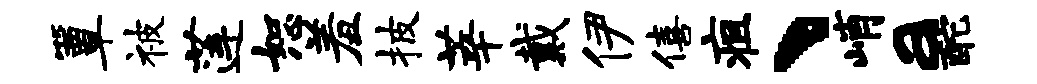
簟被莲恕羞披莘戴伊僖疽、峭a酡